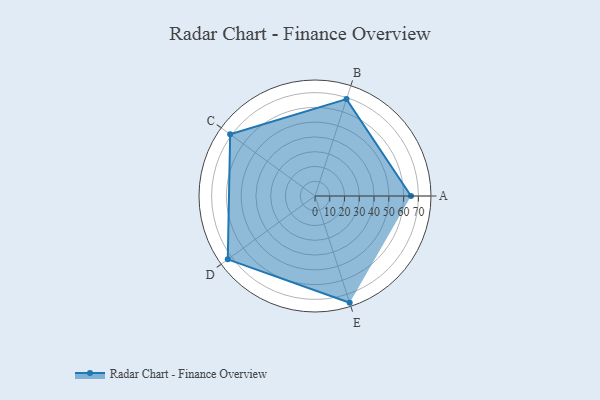
{"axis": {"x": "Skill", "y": "Score"}, "legend": ["Profile"], "data": [{"x": "A", "y": 65.0, "type": "Profile"}, {"x": "B", "y": 69.0, "type": "Profile"}, {"x": "C", "y": 71.0, "type": "Profile"}, {"x": "D", "y": 73.0, "type": "Profile"}, {"x": "E", "y": 76.0, "type": "Profile"}]}